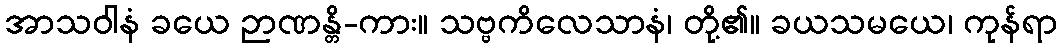
အာသဝါနံ ခယေ ဉာဏန္တိ-ကား။ သဗ္ဗကိလေသာနံ၊ တို့၏။ ခယသမယေ၊ ကုန်ရာ